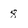
Character: 8